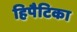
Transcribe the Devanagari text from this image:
हिपैटिका